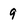
Character: 9